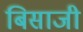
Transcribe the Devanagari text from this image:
बिसाजी